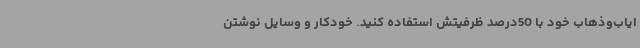
ایاب‌وذهاب خود با 50‌درصد ظرفیتش استفاده کنید. خودکار و وسایل نوشتن